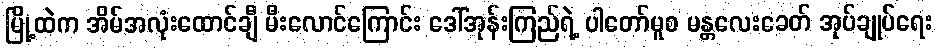
မြို့ထဲက အိမ်အလုံးထောင်ချီ မီးလောင်ကြောင်း ဒေါ်အုန်းကြည်ရဲ့ ပါတော်မူစ မန္တလေးခေတ် အုပ်ချုပ်ရေး